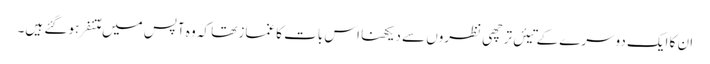
ان کا ایک دوسرے کے تیئں ترچھی نظروں سے دیکھنا اس بات کا غماز تھا کہ وہ آپس میں مُتنفر ہو گئے ہیں۔